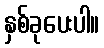
နှစ်ခုပေးပါ။